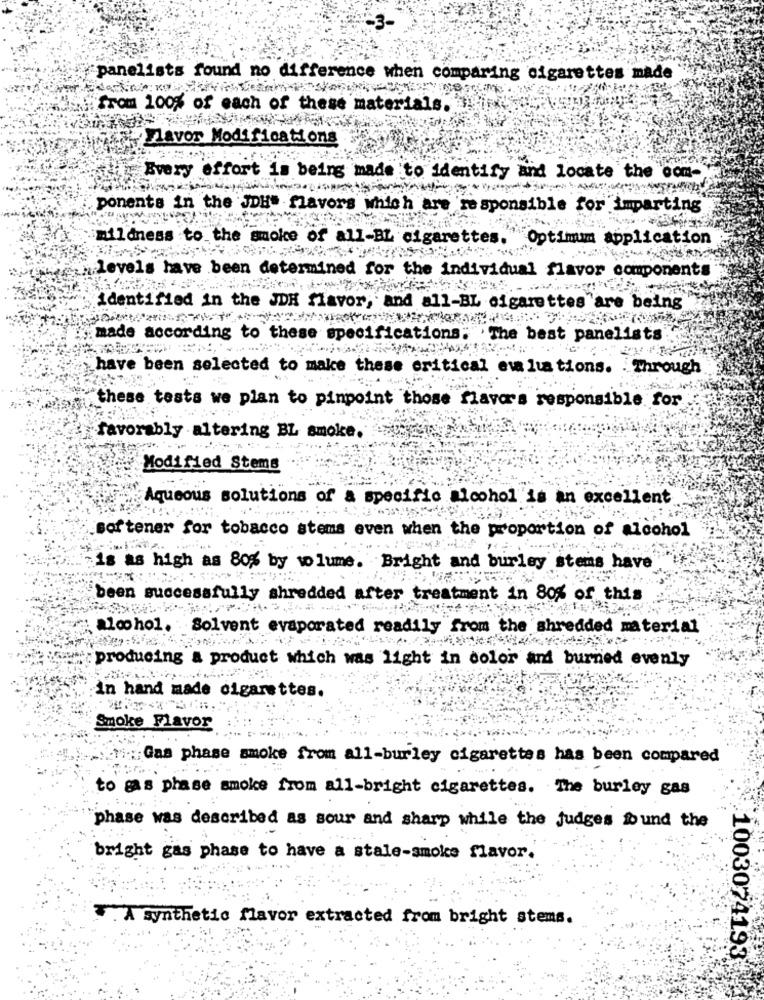
panelists found no difference when comparing cigarettes made
from 100% of each of these materials.
Flavor Modifications
Every effort is being made to identify and locate the com-
ponents in the JDH" flavors which are responsible for imparting
mildness to the smoke of all-BL cigarettes."
Optimum application
levels have been determined for the individual flavor components
identified in the JDK flavor, and all-BL cigarettes are being
made according to these specifications. The best panelists
have been selected to make these critical evaluations. Through
these tests we plan to pinpoint those flavors responsible for
favorably altering BL smoke.
Modified Stems
Aqueous solutions of a specific alcohol is an excellent
softener for tobacco stems even when the proportion of alcohol
is as high as 80% by volume. Bright and burley stems have
been successfully shredded after treatment in 80% of this
alcohol. Solvent evaporated readily from the shredded material
producing a product which was light in color and burned evenly
In hand made cigarettes.
Smoke Flavor
;Gas phase smoke from all-burley cigarettes has been compared
to gas phase smoke from all-bright cigarettes. The burley gas
phase was described as sour and sharp while the judges found the
bright gas phase to have a stale-smoke flavor.
. A synthetic flavor extracted from bright stems.
1003074193